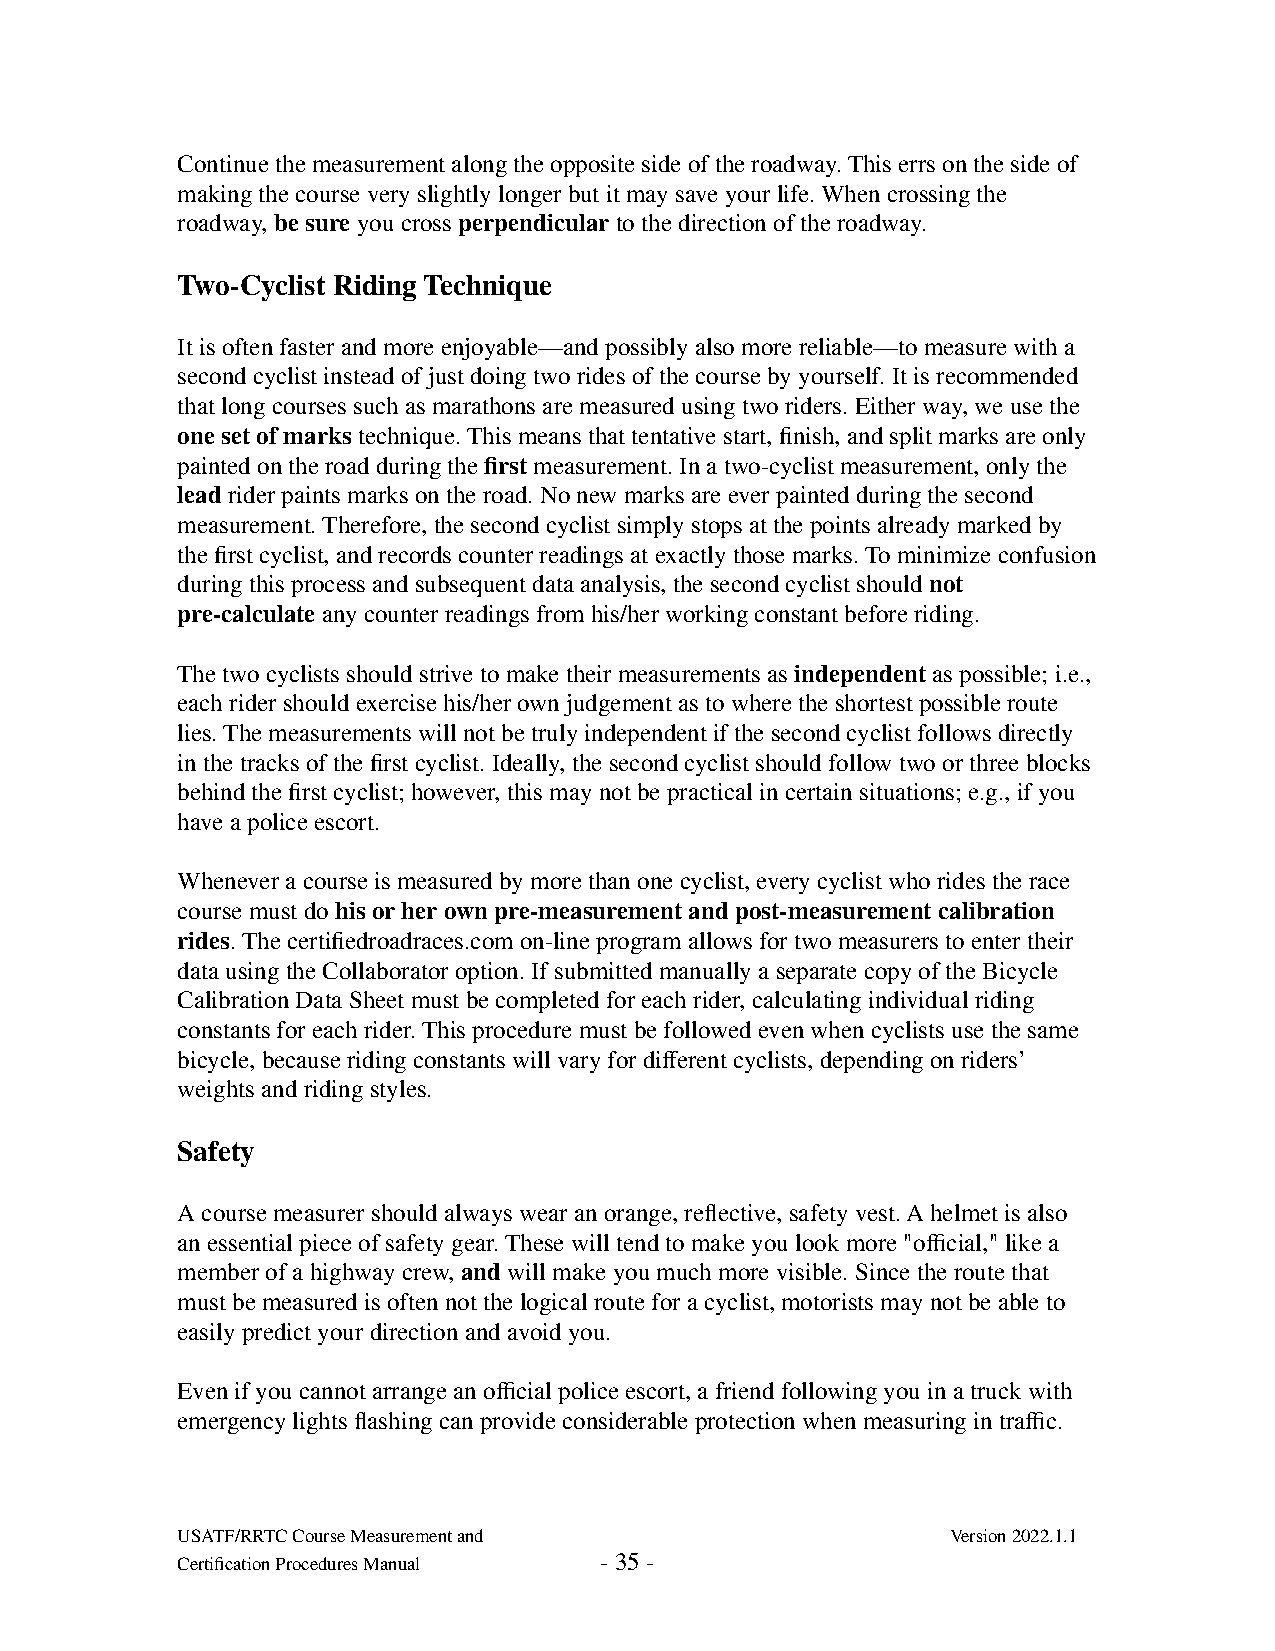
Continue the measurement along the opposite side of the roadway. This errs on the side of
 making the course very slightly longer but it may save your life. When crossing the
 roadway, be sure you cross perpendicular to the direction of the roadway.
 Two-Cyclist Riding Technique
 It is often faster and more enjoyable—and possibly also more reliable—to measure with a
 second cyclist instead of just doing two rides of the course by yourself. It is recommended
 that long courses such as marathons are measured using two riders. Either way, we use the
 one set of marks technique. This means that tentative start, finish, and split marks are only
 painted on the road during the first measurement. In a two-cyclist measurement, only the
 lead rider paints marks on the road. No new marks are ever painted during the second
 measurement. Therefore, the second cyclist simply stops at the points already marked by
 the first cyclist, and records counter readings at exactly those marks. To minimize confusion
 during this process and subsequent data analysis, the second cyclist should not
 pre-calculate any counter readings from his/her working constant before riding.
 The two cyclists should strive to make their measurements as independent as possible; i.e.,
 each rider should exercise his/her own judgement as to where the shortest possible route
 lies. The measurements will not be truly independent if the second cyclist follows directly
 in the tracks of the first cyclist. Ideally, the second cyclist should follow two or three blocks
 behind the first cyclist; however, this may not be practical in certain situations; e.g., if you
 have a police escort.
 Whenever a course is measured by more than one cyclist, every cyclist who rides the race
 course must do his or her own pre-measurement and post-measurement calibration
 rides. The certifiedroadraces.com on-line program allows for two measurers to enter their
 data using the Collaborator option. If submitted manually a separate copy of the Bicycle
 Calibration Data Sheet must be completed for each rider, calculating individual riding
 constants for each rider. This procedure must be followed even when cyclists use the same
 bicycle, because riding constants will vary for different cyclists, depending on riders’
 weights and riding styles.
 Safety
 A course measurer should always wear an orange, reflective, safety vest. A helmet is also
 an essential piece of safety gear. These will tend to make you look more "official," like a
 member of a highway crew, and will make you much more visible. Since the route that
 must be measured is often not the logical route for a cyclist, motorists may not be able to
 easily predict your direction and avoid you.
 Even if you cannot arrange an official police escort, a friend following you in a truck with
 emergency lights flashing can provide considerable protection when measuring in traffic.
 USATF/RRTC Course Measurement and                  Version 2022.1.1
 Certification Procedures Manual - 35 -